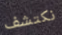
نكتشف